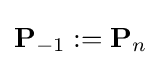
\mathbf {P} _{-1}:=\mathbf {P} _{n}